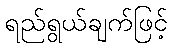
ရည်ရွယ်ချက်ဖြင့်